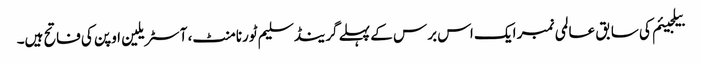
بیلجیئم کی سابق عالمی نمبر ایک اس برس کے پہلے گرینڈ سلیم ٹورنامنٹ، آسٹریلین اوپن کی فاتح ہیں۔